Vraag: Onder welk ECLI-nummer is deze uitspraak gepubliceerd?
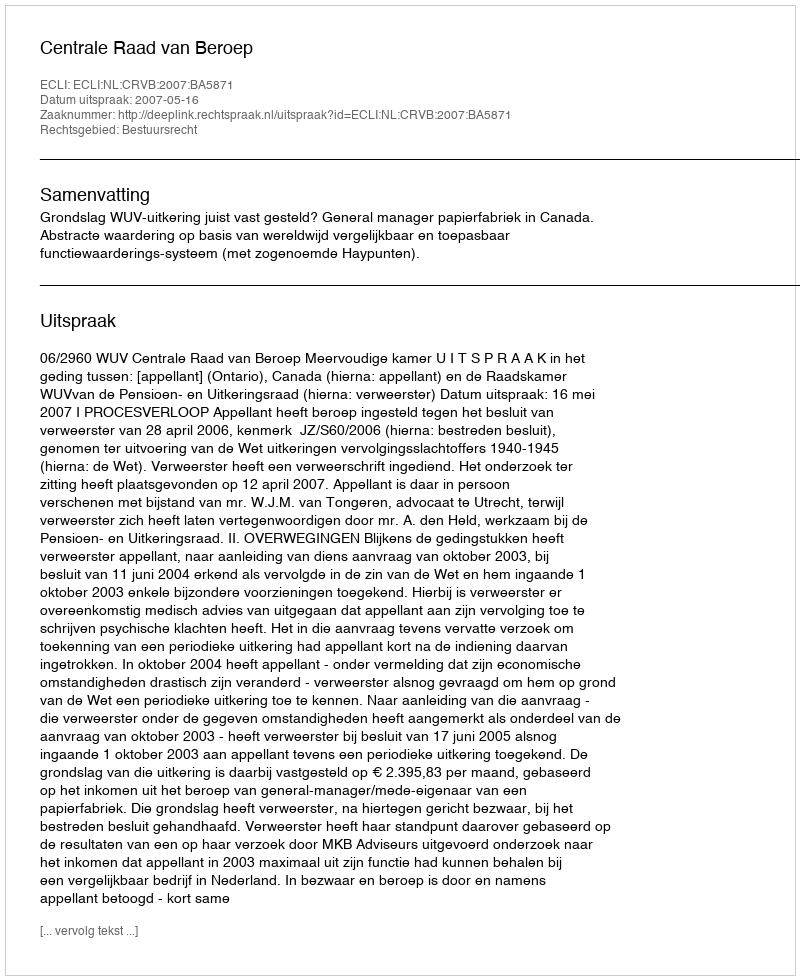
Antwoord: ECLI:NL:CRVB:2007:BA5871